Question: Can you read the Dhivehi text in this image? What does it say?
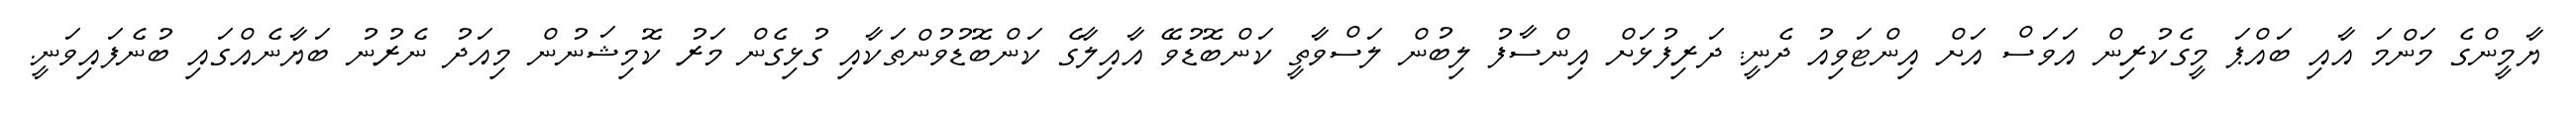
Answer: ޔާމީންގެ މަންމަ އާއި ބައްޕަ މީގެކުރިން އަވަސް އަށް އިންޓަވިއު ދެނީ: ދަރިފުޅަށް އިންސާފު ލިބުން ލަސްވާތީ ކަންބޮޑުވޭ އާއިލާގެ ކަންބޮޑުވުންތަކާއި ގުޅިގެން މަރު ކޮމިޝަނުން މިއަދު ނެރުނު ބަޔާނެއްގައި ބުނެފައިވަނީ.